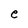
Character: e